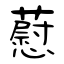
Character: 藯